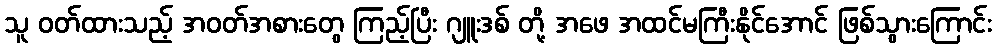
သူ ဝတ်ထားသည့် အဝတ်အစားတွေ ကြည့်ပြီး ဂျူးဒစ် တို့ အဖေ အထင်မကြီးနိုင်အောင် ဖြစ်သွားကြောင်း